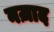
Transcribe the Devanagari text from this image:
नज़ाद